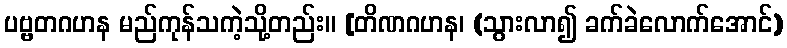
ပဗ္ဗတဂဟန မည်ကုန်သကဲ့သို့တည်း။ [တိဏဂဟန၊ (သွားလာ၍ ခက်ခဲလောက်အောင်)